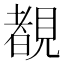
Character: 覩